Civil Veterinary Department. Madras. Admin. report 1926-33 - 1926-1933
Year: 1926
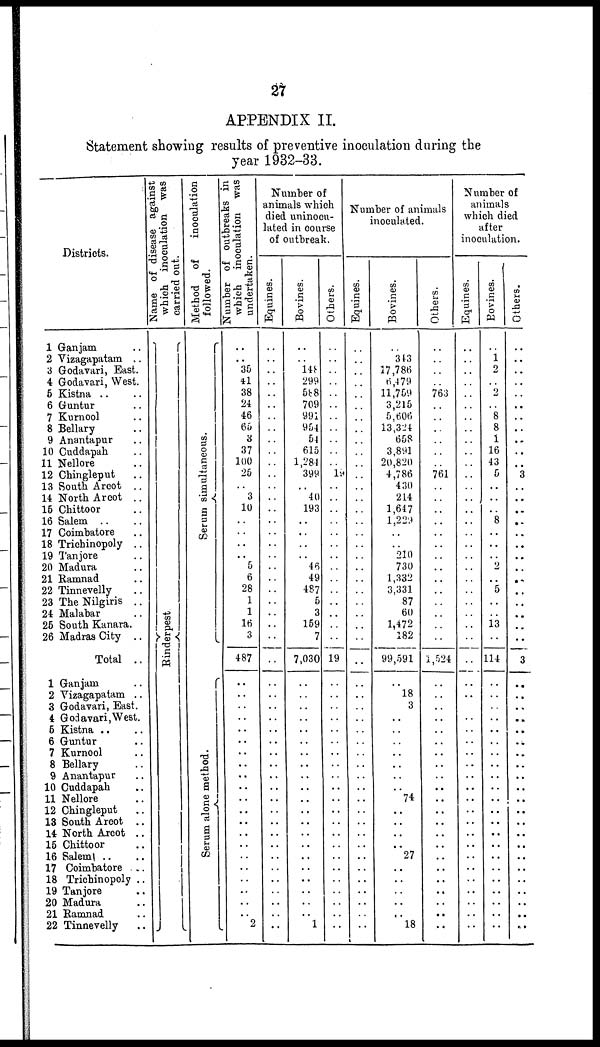
27
APPENDIX II.
Statement showing results of preventive inoculation during the
year 1932-33.
Districts.
1 Ganjam ..
2 Vizagapatam ..
3 Godavari, East.
4 Godavari, West.
5 Kistna .. ..
6 Guntur ..
7 Kurnool ..
8 Bellary ..
9 Anantapur ..
10 Cuddapah ..
11 Nellore ..
12 Chingleput ..
13 South Arcot ..
14 North Arcot ..
15 Chittoor ..
16 Salem .. ..
17 Coimbatore ..
18 Trichinopoly ..
19 Tanjore ..
20 Madura ..
21 Ramnad ..
22 Tinnevelly ..
23 The Nilgiris ..
24 Malabar ..
25 South Kanara.
26 Madras City ..
Total ..
1 Ganjam ..
2 Vizagapatam ..
3 Godavari, East.
4 Godavari,West.
5 Kistna .. ..
6 Guntur ..
7 Kurnool ..
8 Bellary ..
9 Anantapur ..
10 Cuddapah ..
11 Nellore ..
12 Chingleput ..
18 South Arcot ..
14 North Arcot ..
15 Chittoor ..
16 Saleml .. ..
17 Coimbatore ..
18 Trichinopoly ..
19 Tanjore ..
20 Madura
21 Ramnad ..
22 Tinnevelly ..
Name of disease against
which inoculation was
carried out.
Rinderpest
Method of
inoculation
followed.
Se r
um s imulta ne ous .
Serum alone method.
Number of outbreaks in
which inoculation was
undertaken.
..
..
35
41
38
24
46
65
3
37
100
25
..
3
10
..
..
..
..
5
6
28
1
1
16
3
487
..
..
..
..
..
..
..
..
..
..
..
..
..
..
..
..
..
..
..
..
2
Number of
animals which
died uninocu-
lated in course
of outbreak.
Equines.
..
..
..
..
..
..
..
..
..
..
..
..
..
..
..
..
..
..
..
..
..
..
..
..
..
..
..
..
..
..
..
..
..
..
..
..
..
..
..
..
..
..
..
..
..
..
..
..
Bovines.
..
..
148
299
588
709
991
954
54
615
1,284
399
..
40
193
..
..
..
..
46
49
487
5
3
159
7
7,030
..
..
..
..
..
..
..
..
..
..
..
..
..
..
..
..
..
..
..
..
1
Others.
..
..
..
..
..
..
..
..
..
..
..
19
..
..
..
..
..
..
..
..
..
..
..
..
..
..
19
..
..
..
..
..
..
..
..
..
..
..
..
..
..
..
..
..
..
..
..
..
Number of animals
inoculated.
Equines.
..
..
..
..
..
..
..
..
..
..
..
..
..
..
..
..
..
..
..
..
..
..
..
..
..
..
..
..
..
..
..
..
..
..
..
..
..
..
..
..
..
..
..
..
..
..
..
..
Bovines.
..
343
17,786
6,479
11,759
3,215
5,606
13,824
658
3,891
20,820
4,786
430
214
1,647
1,229
..
..
210
730
1,332
3,331
87
60
1,472
182
99,591
..
18
3
..
..
..
..
..
..
..
74
..
..
..
27
..
..
..
..
..
18
Others.
..
..
..
..
763
..
..
..
..
..
..
761
..
..
..
..
..
..
..
..
..
..
..
..
..
..
1,524
..
..
..
..
..
..
..
..
..
..
..
..
..
..
..
..
..
..
..
..
..
Number of
animals
which died
after
inoculation.
Equines.
..
..
..
..
..
..
..
..
..
..
..
..
..
..
..
..
..
..
..
..
..
..
..
..
..
..
..
..
..
Bovines.
..
1
2
..
2
..
8
8
1
16
43
5
..
..
..
8
..
..
..
2
..
5
..
..
13
..
114
..
Others.
..
..
..
..
..
..
..
..
..
..
..
3
..
..
..
..
..
..
..
..
..
..
..
..
..
..
3
..
..
..
..
..
..
..
..
..
..
..
..
..
..
..
..
..
..
..
..
..